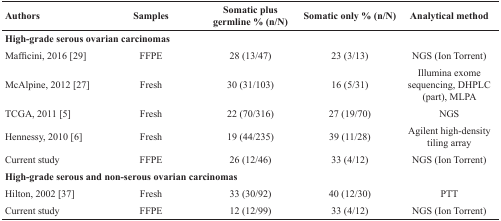
| Authors | Samples | Somatic plus germline % (n/N) | Somatic only % (n/N) | Analytical method |
 | --- | --- | --- | --- | --- |
 | <COLSPAN=5> High-grade serous ovarian carcinomas |
 | Mafficini, 2016 [] | FFPE | 28 (13/47) | 23 (3/13) | NGS (Ion Torrent) |
 | McAlpine, 2012 [] | Fresh | 30 (31/103) | 16 (5/31) | Illumina exome sequencing, DHPLC (part), MLPA |
 | TCGA, 2011 [] | Fresh | 22 (70/316) | 27 (19/70) | NGS |
 | Hennessy, 2010 [] | Fresh | 19 (44/235) | 39 (11/28) | Agilent high-density tiling array |
 | Current study | FFPE | 26 (12/46) | 33 (4/12) | NGS (Ion Torrent) |
 | <COLSPAN=5> High-grade serous and non-serous ovarian carcinomas |
 | Hilton, 2002 [] | Fresh | 33 (30/92) | 40 (12/30) | PTT |
 | Current study | FFPE | 12 (12/99) | 33 (4/12) | NGS (Ion Torrent) |